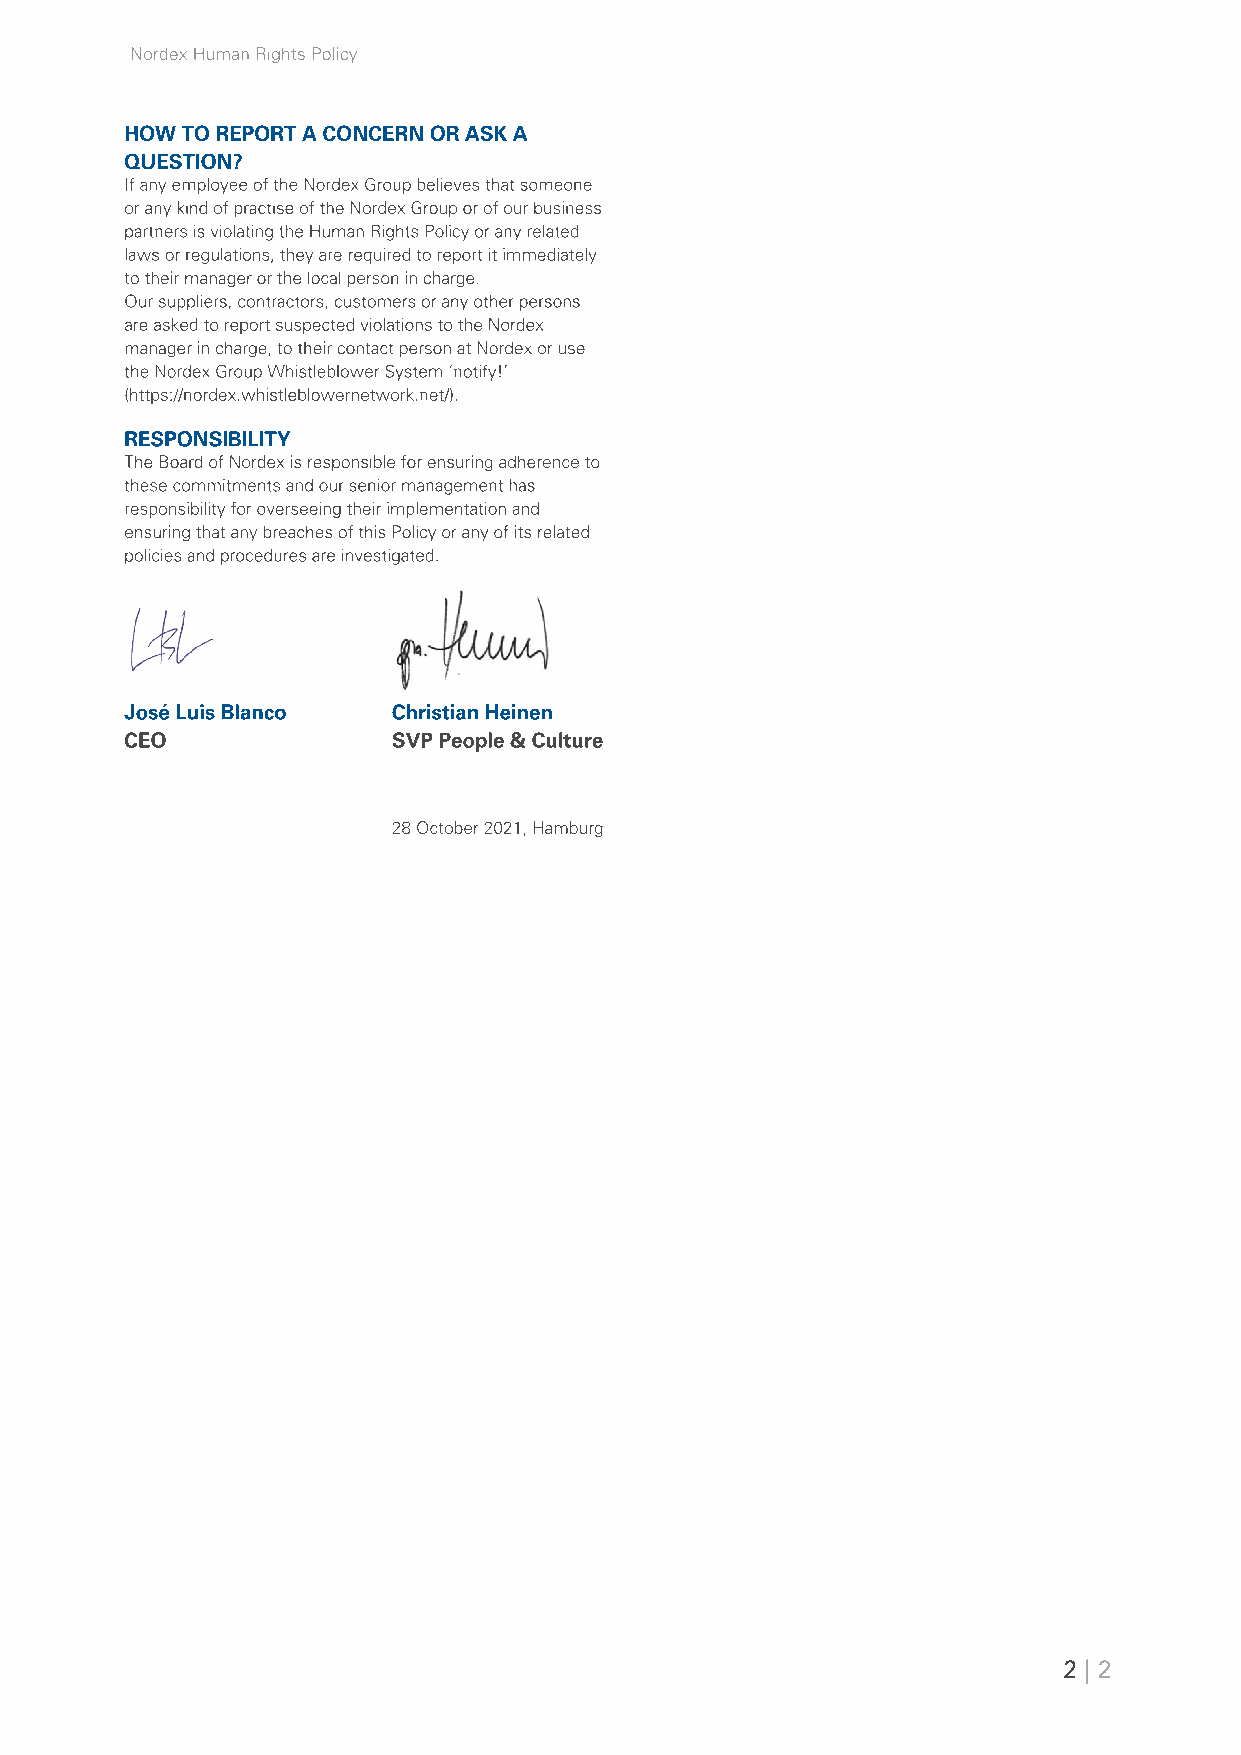
Nordex Human Rights Policy
 HOW TO REPORT A CONCERN OR ASK A
 QUESTION?
 If any employee of the Nordex Group believes that someone
 or any kind of practise of the Nordex Group or of our business
 partners is violating the Human Rights Policy or any related
 laws or regulations, they are required to report it immediately
 to their manager or the local person in charge.
 Our suppliers, contractors, customers or any other persons
 are asked to report suspected violations to the Nordex
 manager in charge, to their contact person at Nordex or use
 the Nordex Group Whistleblower System ‘notify!’
 (https://nordex.whistleblowernetwork.net/).
 RESPONSIBILITY
 The Board of Nordex is responsible for ensuring adherence to
 these commitments and our senior management has
 responsibility for overseeing their implementation and
 ensuring that any breaches of this Policy or any of its related
 policies and procedures are investigated.
 José Luis Blanco  Christian Heinen
 CEO               SVP People & Culture
 28 October 2021, Hamburg
 2 | 2